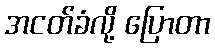
အငတ်ခံလို့ ပြောတာ